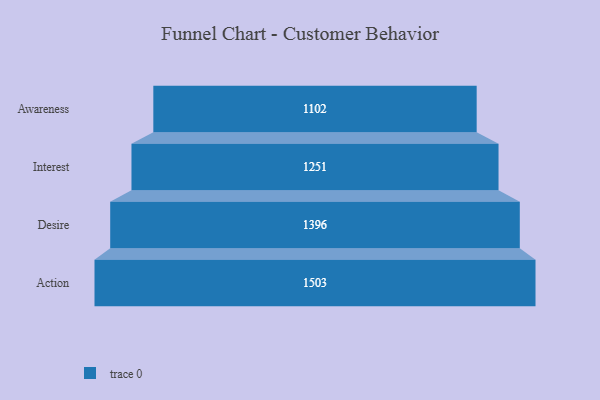
{"axis": {"x": "Stage", "y": "Value"}, "legend": [""], "data": [{"x": "Awareness", "y": 1102.0, "type": ""}, {"x": "Interest", "y": 1251.0, "type": ""}, {"x": "Desire", "y": 1396.0, "type": ""}, {"x": "Action", "y": 1503.0, "type": ""}]}